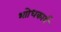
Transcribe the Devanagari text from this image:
भाोधकार्य